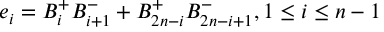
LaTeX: e _ { i } = B _ { i } ^ { + } B _ { i + 1 } ^ { - } + B _ { 2 n - i } ^ { + } B _ { 2 n - i + 1 } ^ { - } , 1 \leq i \leq n - 1